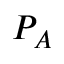
P _ { A }